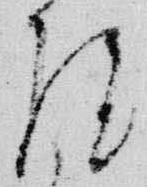
院